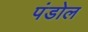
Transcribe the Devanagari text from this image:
पंडोल